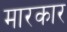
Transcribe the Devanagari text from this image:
मारकार